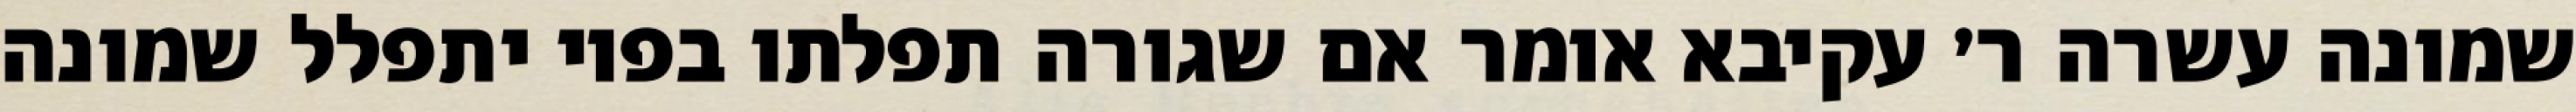
שמונה עשרה ר׳ עקיבא אומר אם שגורה תפלתו בפיו יתפלל שמונה